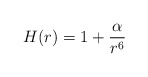
\begin{align*}H(r) = 1 + \frac{\alpha}{r^6}\end{align*}